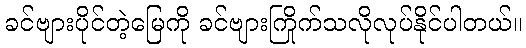
ခင်ဗျားပိုင်တဲ့မြေကို ခင်ဗျားကြိုက်သလိုလုပ်နိုင်ပါတယ်။